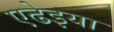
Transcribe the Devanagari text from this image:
एढेइया